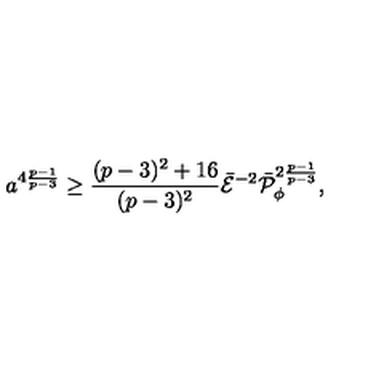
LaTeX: a ^ { 4 { \frac { p - 1 } { p - 3 } } } \geq { \frac { ( p - 3 ) ^ { 2 } + 1 6 } { ( p - 3 ) ^ { 2 } } } \bar { \cal E } ^ { - 2 } \bar { \cal P } _ { \phi } ^ { 2 { \frac { p - 1 } { p - 3 } } } ,